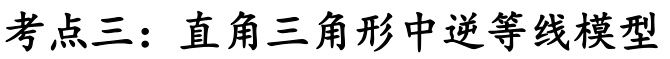
考点三：直角三角形中逆等线模型